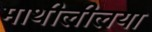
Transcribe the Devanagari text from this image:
माथीलीलया